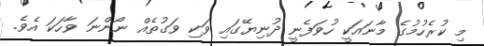
މި ކުރެހުމުގެ މާނައަކީ ހުވަފެނީ ދުނިޔޭގައި ވަކި ވަގުތެއް ނޯންނަ ވާހަކަ އެވެ.